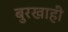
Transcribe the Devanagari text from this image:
बुरखाही